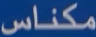
مكنااس